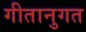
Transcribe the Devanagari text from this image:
गीतानुगत